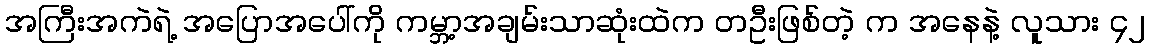
အကြီးအကဲရဲ့ အပြောအပေါ်ကို ကမ္ဘာ့အချမ်းသာဆုံးထဲက တဦးဖြစ်တဲ့ က အနေနဲ့ လူသား ၄၂